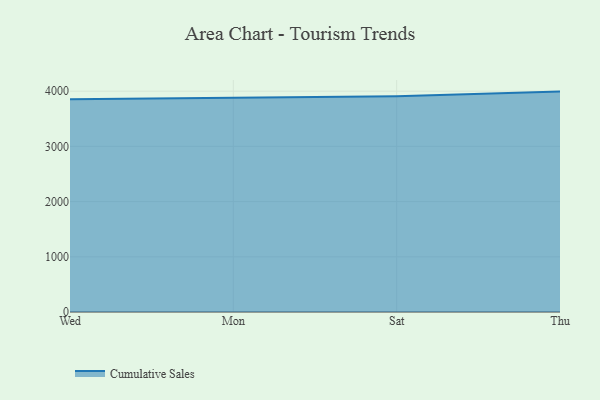
{"axis": {"x": "Day", "y": "Net Income (USD K)"}, "legend": ["Cumulative Sales"], "data": [{"x": "Wed", "y": 3852.3, "type": "Cumulative Sales"}, {"x": "Mon", "y": 3876.5, "type": "Cumulative Sales"}, {"x": "Sat", "y": 3909.0, "type": "Cumulative Sales"}, {"x": "Thu", "y": 3992.1, "type": "Cumulative Sales"}]}